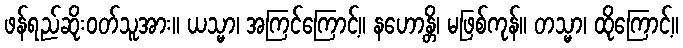
ဖန်ရည်ဆိုးဝတ်သူအား။ ယသ္မာ၊ အကြင်ကြောင့်။ နဟောန္တိ၊ မဖြစ်ကုန်။ တသ္မာ၊ ထိုကြောင့်။